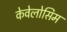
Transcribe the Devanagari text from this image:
केवेलोसिम